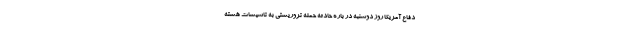
دفاع آمریکا روز دوشنبه در باره حادثه حمله تروریستی به تاسیسات هسته